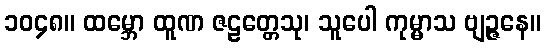
၁၀၄၈။ ထမ္ဘော ထူဏ ဇဠတ္တေသု၊ သူပေါ ကုမ္မာသ ဗျဉ္ဇနေ။